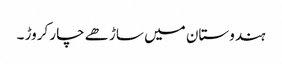
ہندوستان میں ساڑھے چار کروڑ ۔